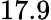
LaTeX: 17.9